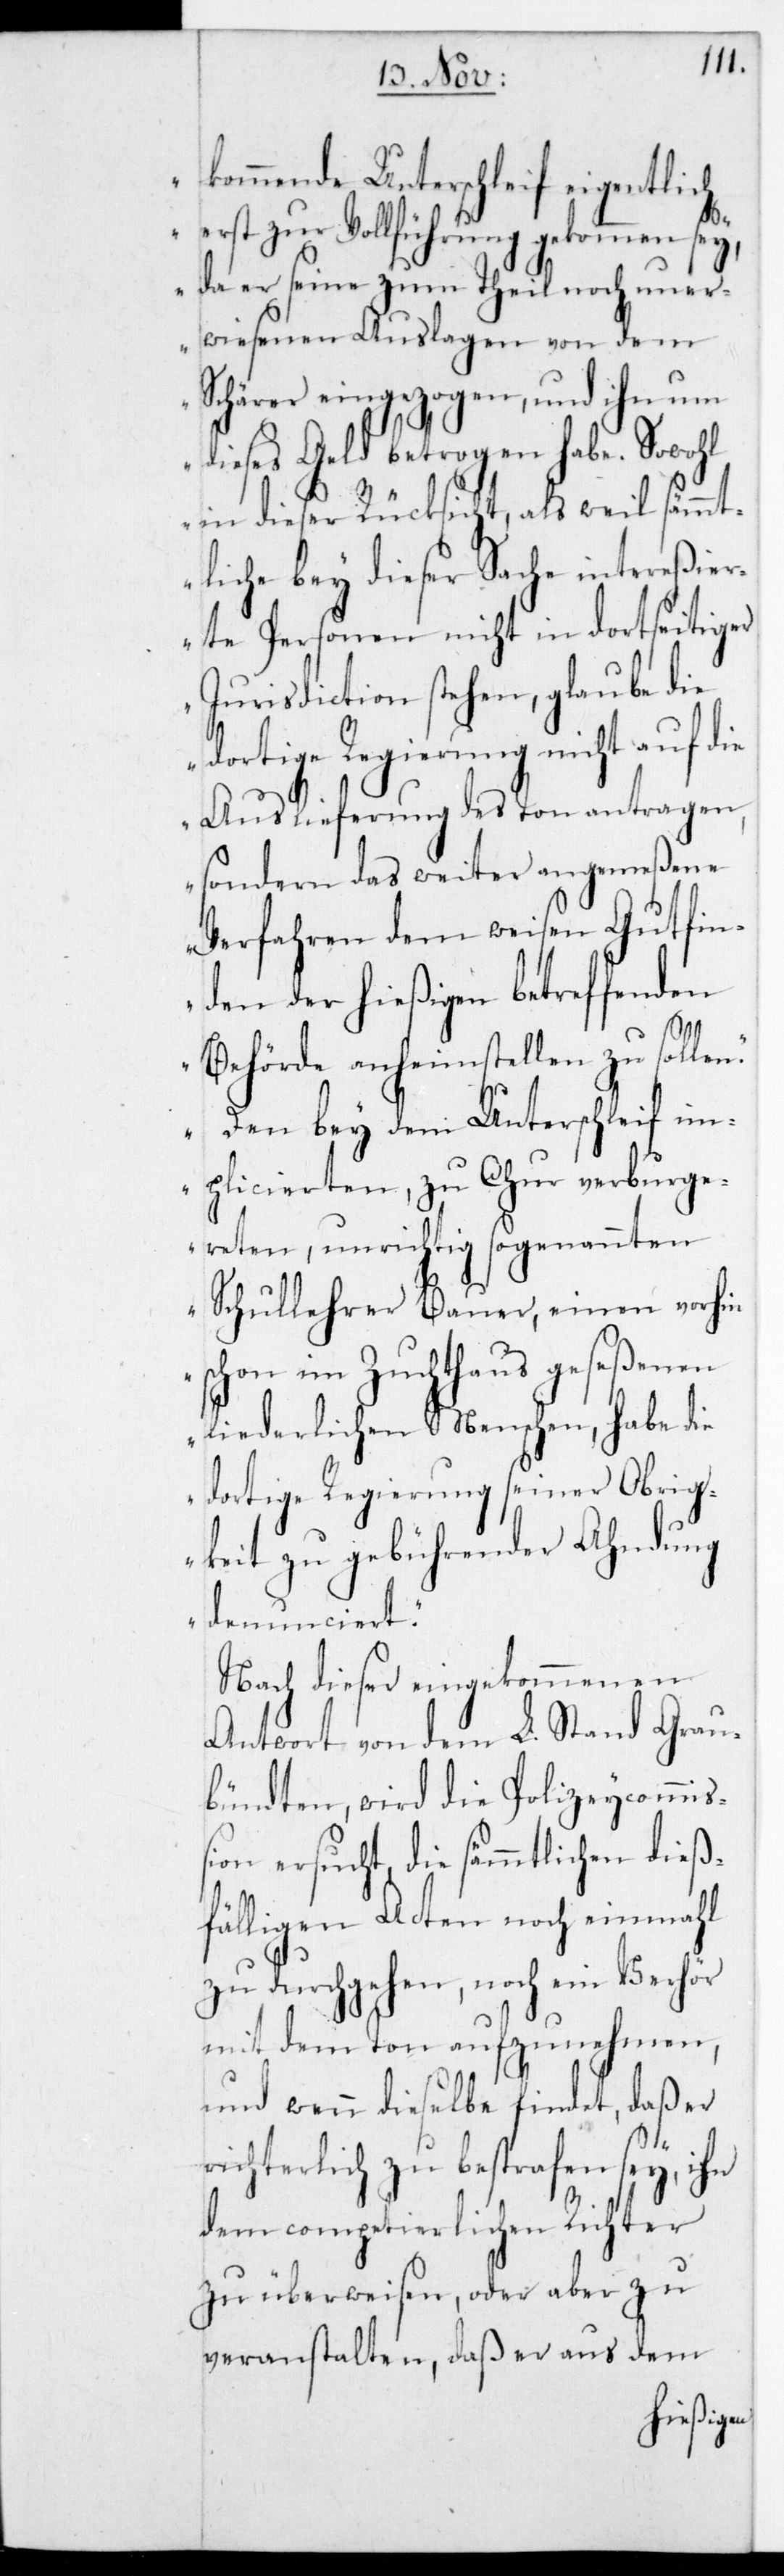
kommende Unterschleif ei¬
erst zur Vollführung geko¬
da er seine zum Theil no¬
wiesenen Auslagen von
ntereßi¬
Schärer eingezogen; und
dieses Geld betrogen habe. Sowohl
in dieser Rücksicht als weil sämm¬
tliche bey dieser Sache i¬
erten Personen nicht in dortseitiger
Jurisdiction stehen, glaube die
dortige Regierung nicht auf
Auslieferung des Ton antragen,
sondern das weiter angemeßene
Verfahren dem weisen Gutfind¬
enden der hießigen betreffenden
Behörde anheimstellen zu sollen.
Den bey dem Unterschleif im¬
plicierten, zu Chur verburge¬
reten, unrichtig sogenannten
Schullehrer Bauer, einen vorhin
schon im Zuchthaus geseßenen
liederlichen Menschen, habe die
dortige Regierung seiner Obrig¬
keit zu gebührender Ahndung
denunciert.“
Nach dieser eingekommenen
Antwort von dem L. Stand Grau¬
bündten, wird die Polizeycommiß¬
ion ersucht, die sämmtlichen dieß¬
fälligen Acten noch einmahl
zu durchgehen, noch ein Verhör
mit dem Ton aufzunehmen,
und wenn dieselbe findet, daß er
richterlich zu bestrafen sey, ihn
dem competierlichen Richter
zu überweisen, oder aber zu
veranstalten, daß er aus dem
gentlich